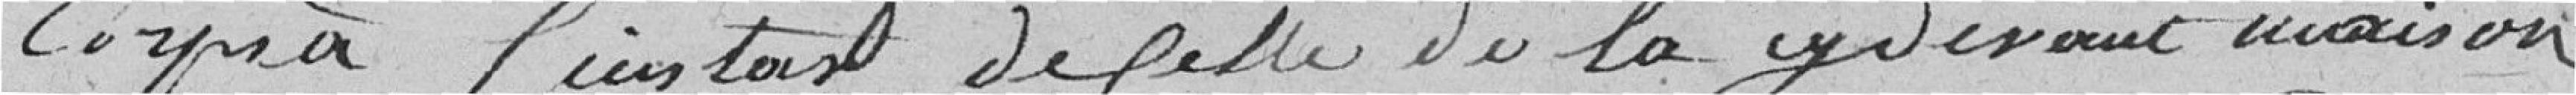
corps à l'instar de celle de la ci-devant maison